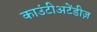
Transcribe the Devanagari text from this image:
काउंटीअटेंडीज़